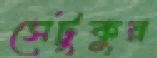
সেটুকুর